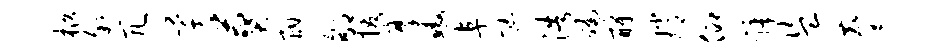
柩叙冗芊葬酣郇援摩鳌阜忙浩褊酹嫦仰虢盗麈